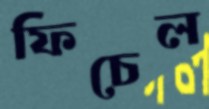
ফিচেল